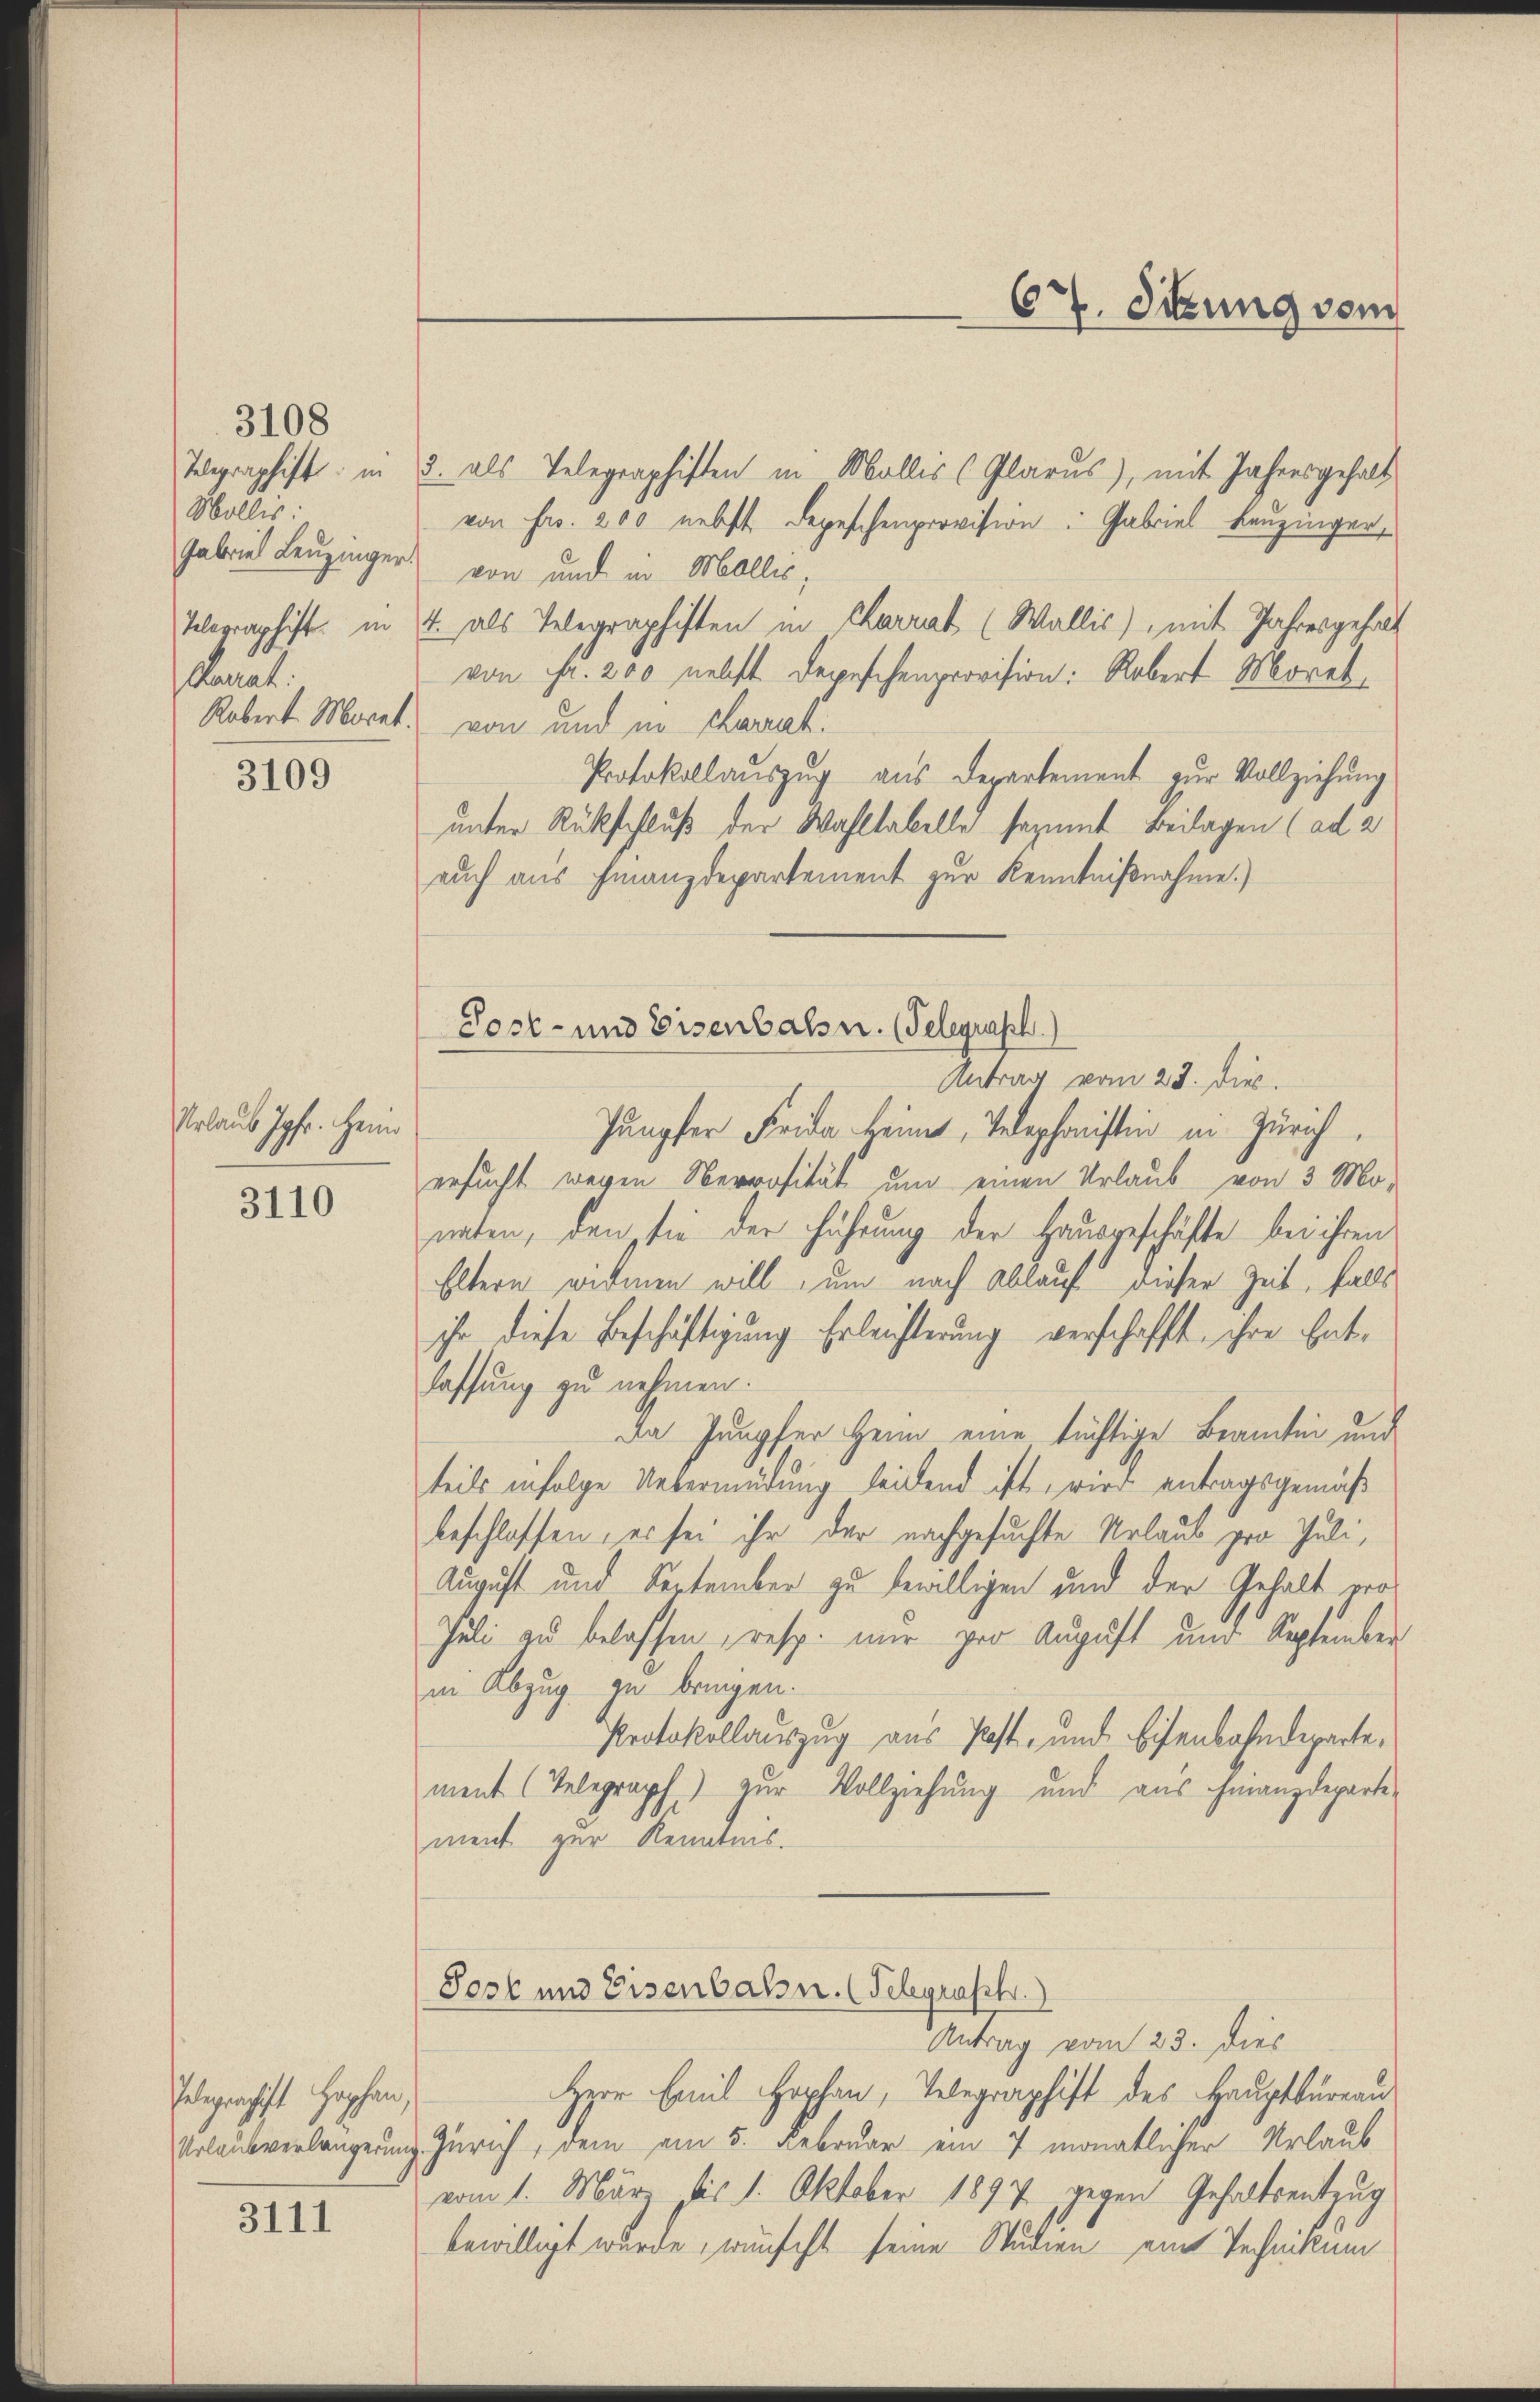
Mollis:
nat.
3109

3108

Urlaub Jgfr. Hein

3110

Pelegerschift Hopfen,

3111

Telegraphist: in 2. als Telegraphiften in Mollis (Glarus), mit Jahresgehalt
von Fr. 200 nebst Depeschenprovision. Gabriel Bauzinger,
Gabriel Leuzinger von und in Mollis,
Telegraphist in 4 als Telegraphisten in Carrat (Wallis), mit Jahresgehalt
von Fr. 200 nebst Depeschenprovision: Robert Moret¬
Robert Morat. von und in Charak
Protokollauszug aus Departement zur Vollziehung
unter Rückschluß der Wahltabelle sozumit Beilagen (ad 2
auch aus Finanzdepartement zur Kenntnißnahme.)
Sost- und Eisenbalsn. (Telegraph.)
Antrag vom 23. dies.
Jungfer Frida keines, Telephonisten in Zürich
ersucht wegen Serrosität um einen Urlaub von 3 Mo-
naten, den sie der Führung der Hausgeschäfte bei ihren
Eltern widmen will zum nach Ablauf dieser Zeit, falls
ihr diese Beschäftigung Erleichterung verschafft, ihre Entlassung zu nehmen.
Da Jungfer Heim eine tüchtige Beamten und
teils infolge Uebermüdung leidend ist, vier antragsgemäß
beschlossen, es sei ihr der nachgesuchte Urlaub pro Juli,
August und September zu bewilligen und der Gehalt vor¬
Juli zu belassen, resp. nur pro August und September
in Abzug zu bringen.
Protokollauszug aus Post, und Eisenbahndepartement (Telegraph) zur Vollziehung und aus Finanzdeparte-
ment zur Kenntnis.
Sost und Eisenbahn. (Telegraph.)
Antrag vom 23. dies
Herr Emil Hophan, Telegraphist des Hauptbüreau
Urlaub verlängerung Zürich, dem am 5. Februar ein 7 monatlicher Urlaub
vom 1. Mär bis 1. Oktober 1897 gegen Gehaltsentzug
bewilligt wurde, wünscht seine Studien eine Technikum

67. Sitzung vom